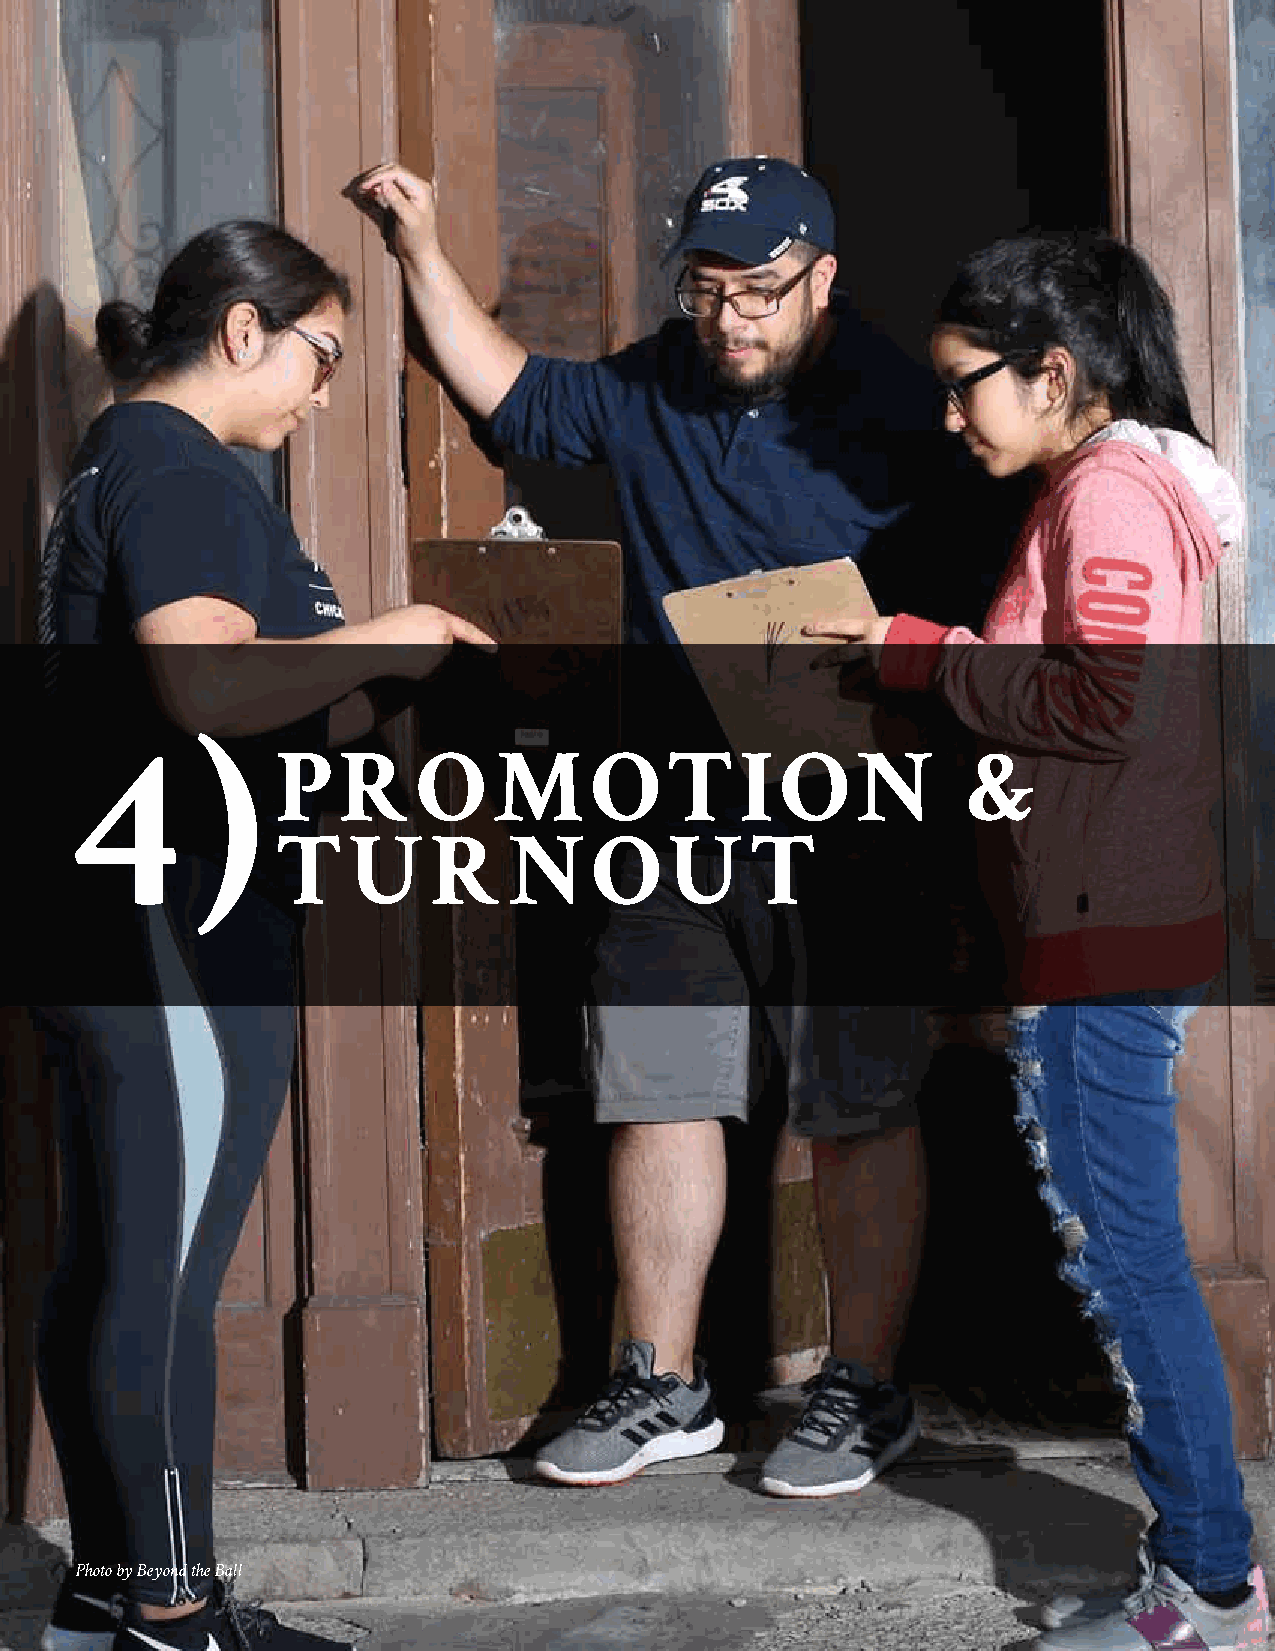
4       )
 PROMOTION                                     &
 TURNOUT
 Photo by Beyond the Ball
 II